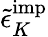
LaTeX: {\tilde{\epsilon}}_{K}^{\textrm{imp}}